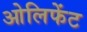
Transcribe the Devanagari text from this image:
ओलिफेंट